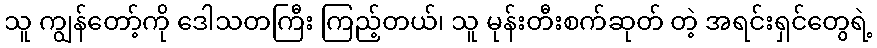
သူ ကျွန်တော့်ကို ဒေါသတကြီး ကြည့်တယ်၊ သူ မုန်းတီးစက်ဆုတ် တဲ့ အရင်းရှင်တွေရဲ့